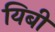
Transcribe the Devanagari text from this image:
यिबी